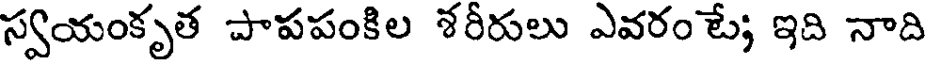
స్వయంకృత పాపపంకిల శరీరులు ఎవరం టే; ఇది నాది